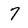
Character: 7